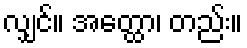
လျှင်။ အတ္ထော၊ တည်း။